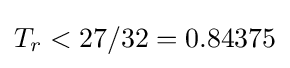
T_{r}<27/32=0.84375